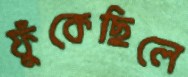
ফুঁকেছিলে